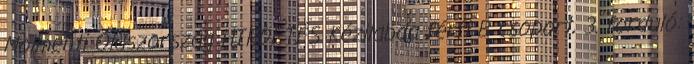
Molmenti Olaszország HIRDETÉS Kézilabda férfi B csoport, 3. forduló: